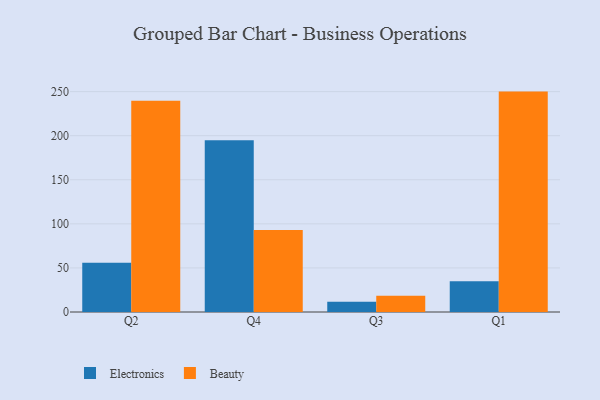
{"axis": {"x": "Quarter", "y": "Net Income (USD K)"}, "legend": ["Beauty", "Electronics"], "data": [{"x": "Q2", "y": 55.8, "type": "Electronics"}, {"x": "Q2", "y": 239.6, "type": "Beauty"}, {"x": "Q4", "y": 194.7, "type": "Electronics"}, {"x": "Q4", "y": 93.1, "type": "Beauty"}, {"x": "Q3", "y": 11.6, "type": "Electronics"}, {"x": "Q3", "y": 18.5, "type": "Beauty"}, {"x": "Q1", "y": 34.8, "type": "Electronics"}, {"x": "Q1", "y": 250.0, "type": "Beauty"}]}